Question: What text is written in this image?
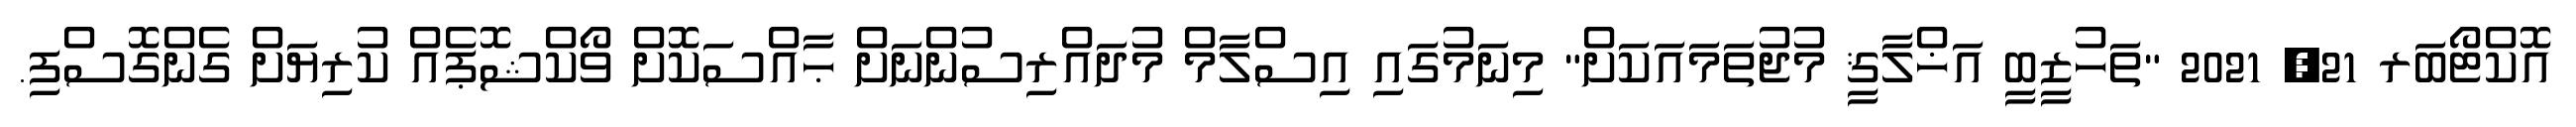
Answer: އޮކްޓޯބަރ 21, 2021 "ތަހުޒީބީ އަޚްލާޤީ މުޖުތަމައަކަށް" މިނަމުގައި އިސްލާމް މުދައްރިސުންނަށް ޙާއްސަކޮށް ވޯކްޝޮޕެއް ކުރިޔަށް ގެންގޮސްފި.